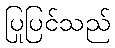
ပြုပြင်သည်